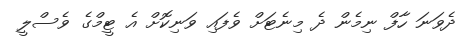
ދެވަނަ ހާފް ނިމެން ދެ މިނެޓަށް ވެފައި ވަނިކޮށް އެ ޓީމްގެ ވެސްލީ